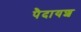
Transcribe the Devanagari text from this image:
पैदायश